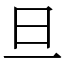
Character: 旦